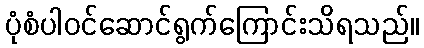
ပုံစံပါဝင်ဆောင်ရွက်ကြောင်းသိရသည်။